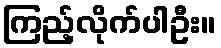
ကြည့်လိုက်ပါဦး။